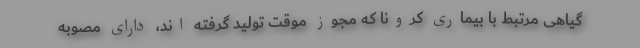
گیاهی مرتبط با بیماری کرونا که مجوز موقت تولید گرفته اند، دارای مصوبه